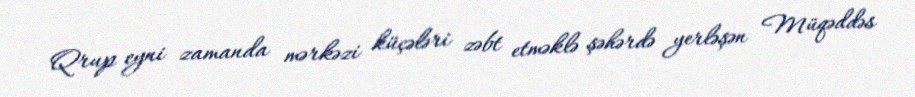
Qrup eyni zamanda mərkəzi küçələri zəbt etməklə şəhərdə yerləşən Müqəddəs